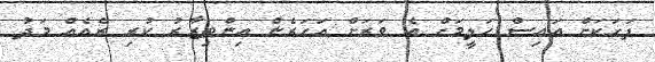
ފަހަކަށް އައިސް ހަލީމަށް އެ ވަރަށް އަހަރެން އިންތިޒާރު ކުރި ރެއެއް މަދު